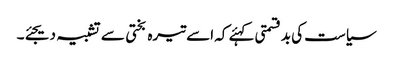
سیاست کی بدقسمتی کہئے کہ اسے تیرہ بختی سے تشبیہ دیجئے۔